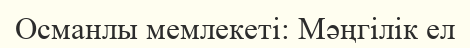
Османлы мемлекеті: Мәңгілік ел